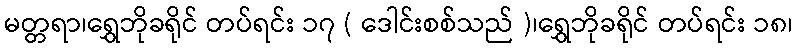
မတ္တရာ၊ရွှေဘိုခရိုင် တပ်ရင်း ၁၇ ( ဒေါင်းစစ်သည် )၊ရွှေဘိုခရိုင် တပ်ရင်း ၁၈၊